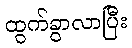
ထွက်ခွာလာပြီး